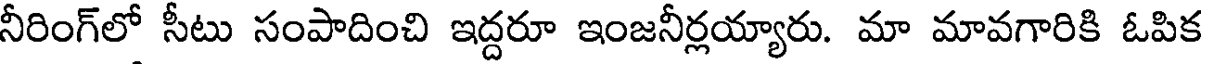
నీరింగ్లో సీటు సంపాదించి ఇద్దరూ ఇంజనీర్లయ్యారు. మా మావగారికి ఓపిక